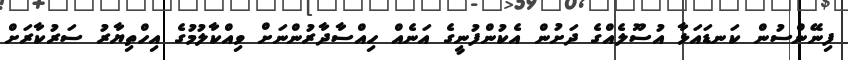
ފިނޭންސުން ކަނޑައަޅާ އުސޫލެއްގެ ދަށުން އެކުންފުނީގެ އަނެއް ހިއްސާދާރުންނަށް ވިއްކާލުމުގެ އިހްތިޔާރު ސަރުކާރަށް